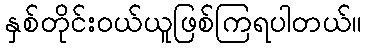
နှစ်တိုင်းဝယ်ယူဖြစ်ကြရပါတယ်။